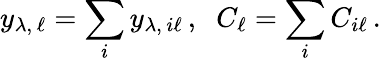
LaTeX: y_{\lambda,\, \ell}=\sum_{i}y_{\lambda,\, i\ell}\, ,\; \; C_{\ell}=\sum_{i}C_{i\ell}\, .